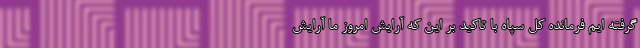
گرفته ایم فرمانده کل سپاه با تاکید بر این که آرایش امروز ما آرایش